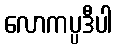
လောကပ္ပဒီပါ